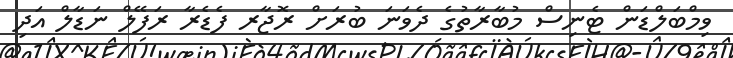
ވިމްބަލްޑަން ޓެނިސް މުބާރާތުގެ ދެވަނަ ބުރަށް ރޮޖާރ ފެޑެރާ ރަފޭލް ނަޑާލް އަދި